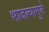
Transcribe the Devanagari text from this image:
भाजल्यामुले